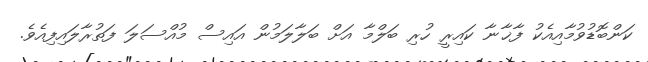
ކަންބޮޑުވުމާއިއެކު ފާޚާނާ ކައިރީ ހުރި ބަލްމާ އަށް ބަލާލަމުން އައިސް މުއްސަލަ ފަތުރާލައިފިއެވެ.